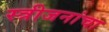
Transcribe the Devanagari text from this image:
स्त्रीजनांचा